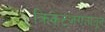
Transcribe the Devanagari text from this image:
क्रिकेटजगतातून